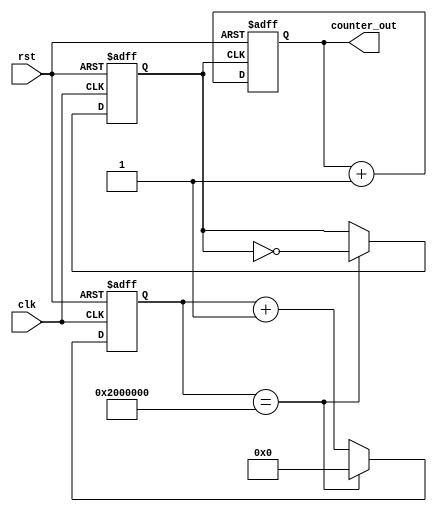
module clock_div_count(clk,rst,counter_out);
input clk,rst;
reg div_clk;
reg [25:0] delay_count;
output reg [3:0] counter_out;

//////////clock division block////////////////////
always @(posedge clk or posedge rst)
begin

if(rst)
begin
delay_count<=26'd0;
div_clk <= 1'b0;
end
else
if(delay_count==26'd33554432)
begin
delay_count<=26'd0;
div_clk <= ~div_clk;  //generating a slow clock
end
else
begin
delay_count<=delay_count+1;
end
end


/////////////4 bit counter block///////////////////
always @(posedge div_clk or posedge rst)
begin

if(rst)
begin
counter_out<=4'b0000;
//div_clk <= 1'b0;
end
else
begin
counter_out<= counter_out+1;
end
end
endmodule